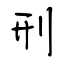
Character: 刑